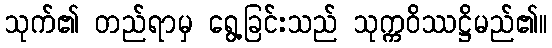
သုက်၏ တည်ရာမှ ရွေ့ခြင်းသည် သုက္ကဝိဿဋ္ဌိမည်၏။